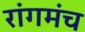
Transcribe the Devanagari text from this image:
रांगमंच